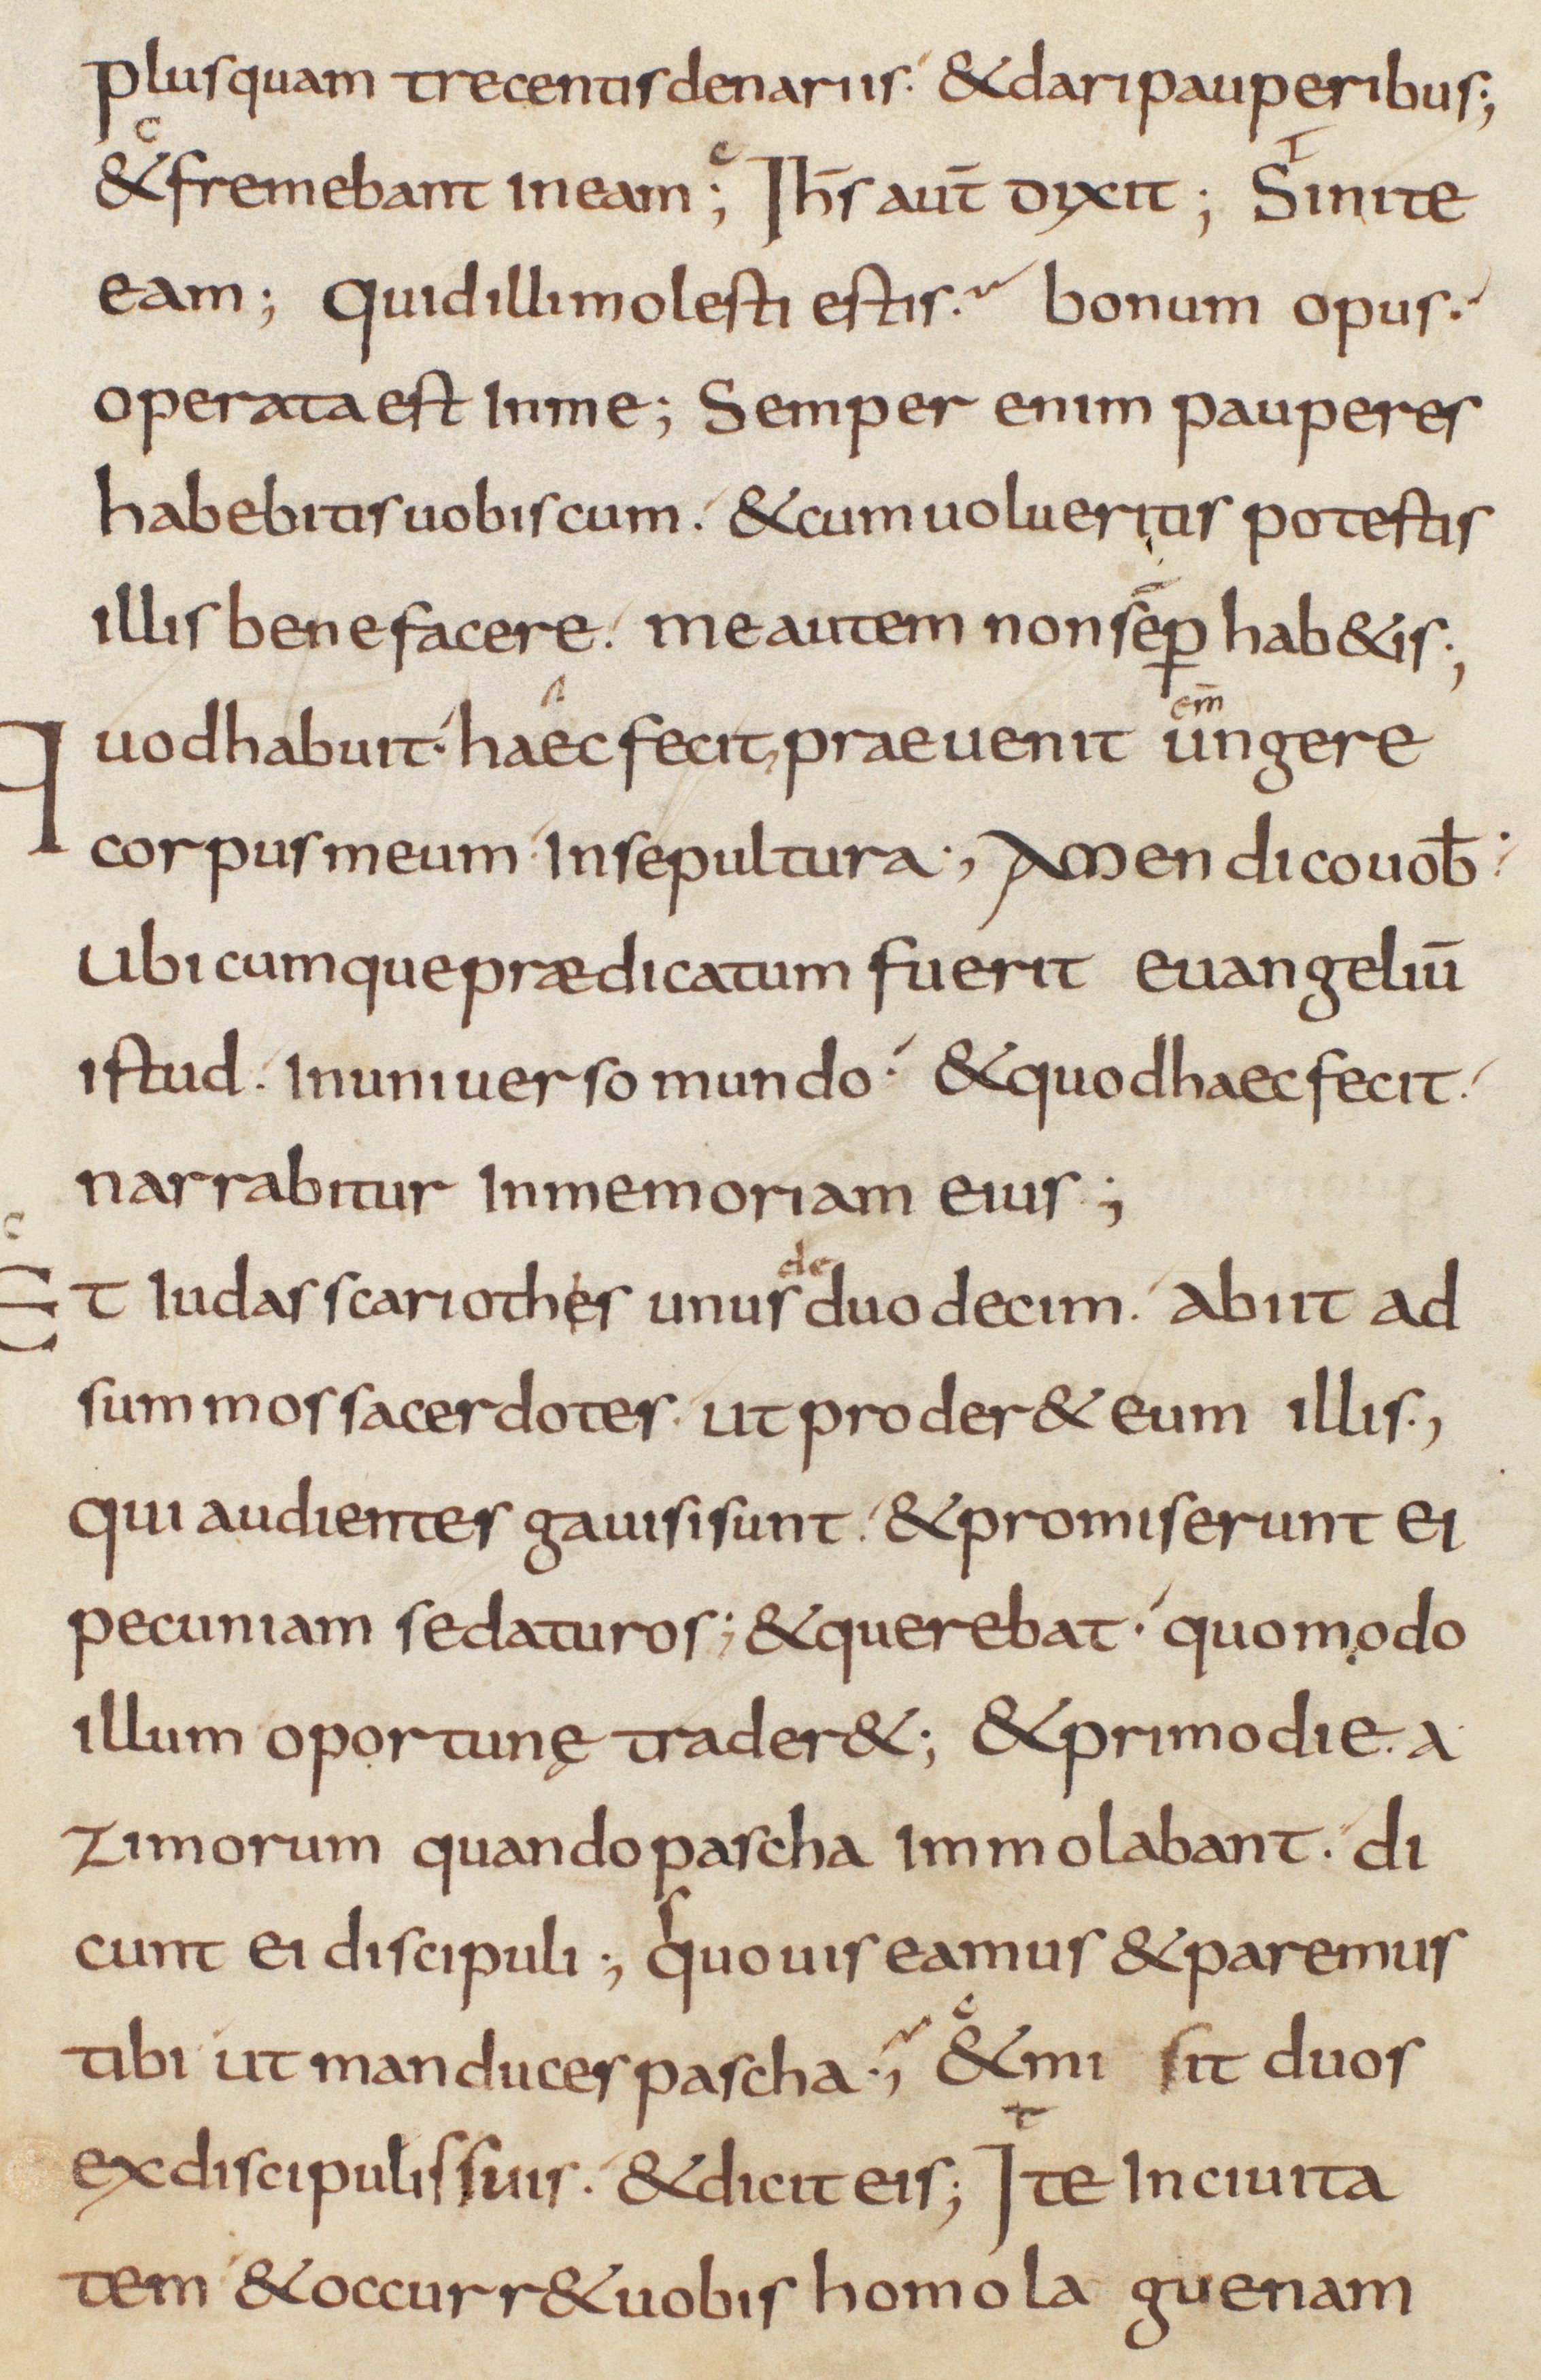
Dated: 825–849